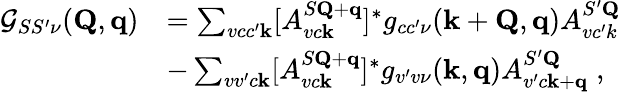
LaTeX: \begin{array}{rl}{\mathcal{G}_{SS^{\prime}\nu}(\mathbf{Q},\mathbf{q})}&{=\sum_{vcc^{\prime}\mathbf{k}}[A_{vc\mathbf{k}}^{S\mathbf{Q}+\mathbf{q}}]^{*}g_{cc^{\prime}\nu}(\mathbf{k}+\mathbf{Q},\mathbf{q})A_{vc^{\prime}k}^{S^{\prime}\mathbf{Q}}}\\ &{-\sum_{vv^{\prime}c\mathbf{k}}[A_{vc\mathbf{k}}^{S\mathbf{Q}+\mathbf{q}}]^{*}g_{v^{\prime}v\nu}(\mathbf{k},\mathbf{q})A_{v^{\prime}c\mathbf{k}+\mathbf{q}}^{S^{\prime}\mathbf{Q}}\; ,}\end{array}